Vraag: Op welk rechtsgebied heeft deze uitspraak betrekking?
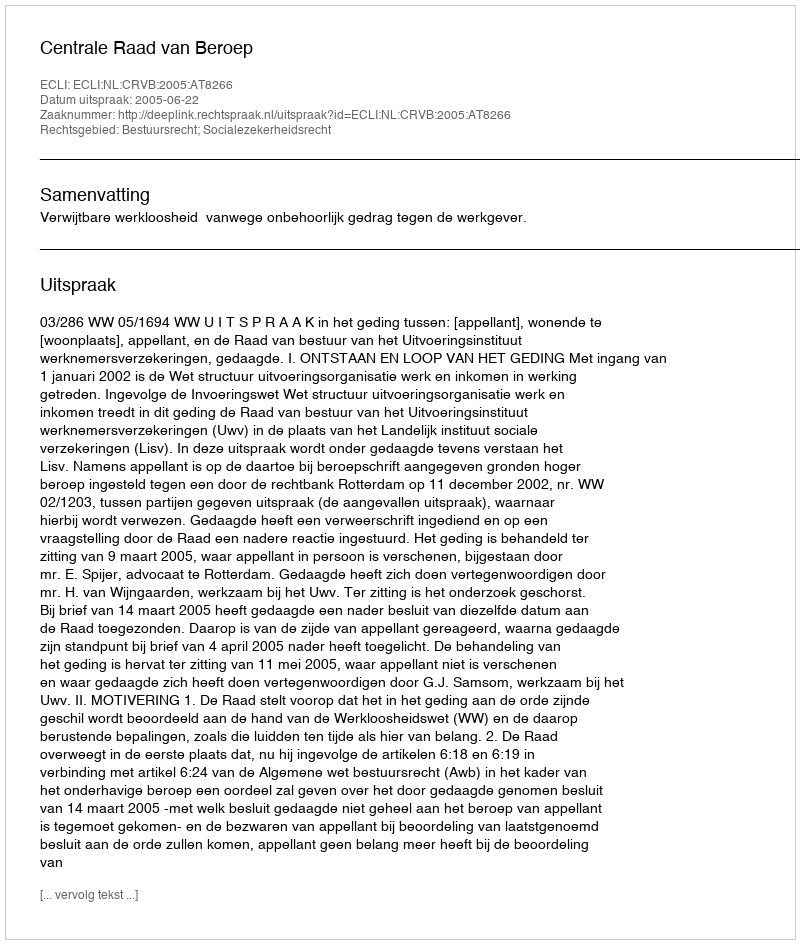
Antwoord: Bestuursrecht; Socialezekerheidsrecht